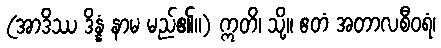
(အာဒိဿ ဒိန္နံ နာမ မည်၏။) ဣတိ၊ သို့။ ဧတံ အတာလစီဝရံ၊